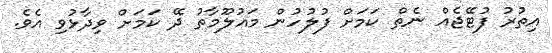
އިތުރު ފުޓޭޖެއް ނެތް ކަމަށް ފުލުހުން މައުލޫމާތު ދޭ ކަމަށް ވިދާޅުވި އެވެ.